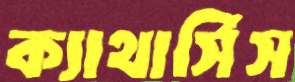
ক্যাথার্সিস